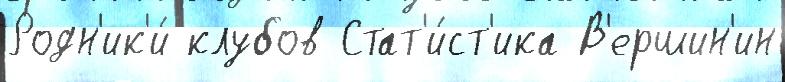
Родн'ик'и́ клубов Стат'и́ст'ика В'ершин'ин